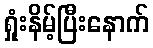
ရှုံးနိမ့်ပြီးနောက်